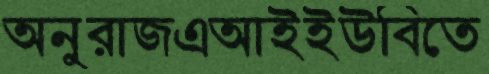
অনুরাজএআইইউবিতে